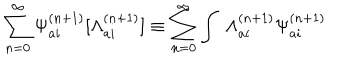
\sum _ { n = 0 } ^ { \infty } { \Psi } _ { a i } ^ { ( n + 1 ) } [ { \Lambda } _ { a i } ^ { ( n + 1 ) } ] \equiv \sum _ { n = 0 } ^ { \infty } \int \ { \Lambda } _ { a i } ^ { ( n + 1 ) } { \Psi } _ { a i } ^ { ( n + 1 ) }